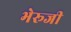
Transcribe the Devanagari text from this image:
भेरूजी